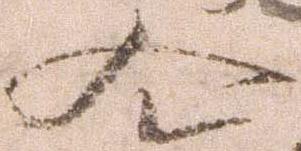
令